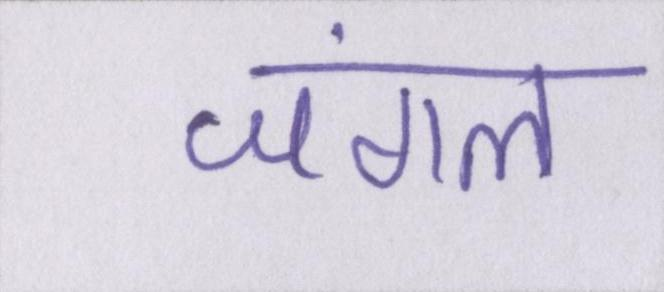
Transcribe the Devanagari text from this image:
जंगल